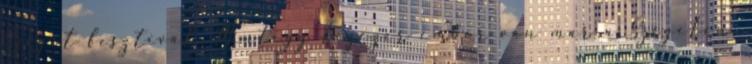
Sziget fesztivál. Mintegy tízezer ember van már a Szigeten.